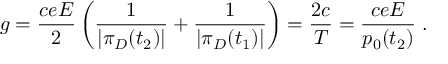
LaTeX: g = \frac { c e E } { 2 } \left( \frac { 1 } { | \pi _ { D } ( t _ { 2 } ) | } + \frac { 1 } { | \pi _ { D } ( t _ { 1 } ) | } \right) = \frac { 2 c } { T } = \frac { c e E } { p _ { 0 } ( t _ { 2 } ) } \; .